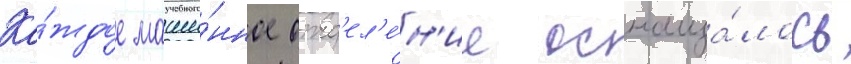
Ка́ждое маши́нное отд'ел'е́н'ие оснаща́лось